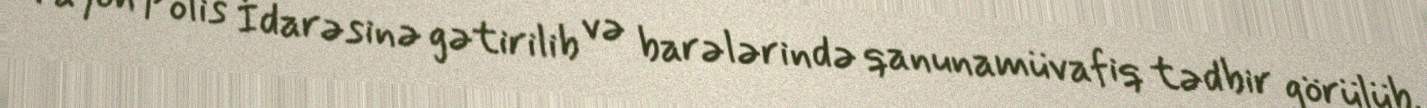
rayon Polis İdarəsinə gətirilib və barələrində qanunamüvafiq tədbir görülüb.